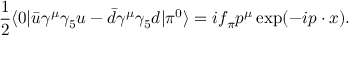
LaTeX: { \frac { 1 } { 2 } } \langle 0 | \bar { u } \gamma ^ { \mu } \gamma _ { 5 } u - \bar { d } \gamma ^ { \mu } \gamma _ { 5 } d | \pi ^ { 0 } \rangle = i f _ { \pi } p ^ { \mu } \exp ( - i p \cdot x ) .